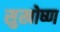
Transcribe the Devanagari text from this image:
सुखोष्ण